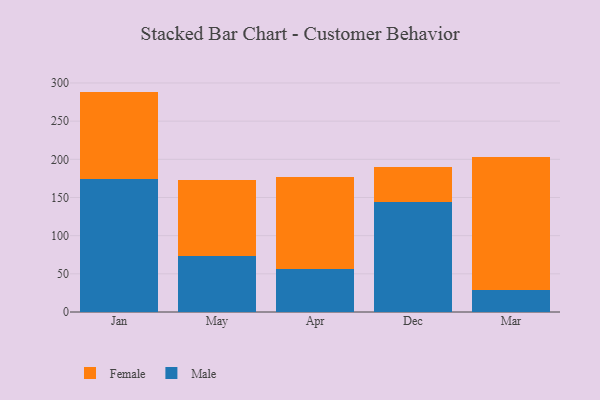
{"axis": {"x": "Month", "y": "Inventory Turnover"}, "legend": ["Female", "Male"], "data": [{"x": "Jan", "y": 173.7, "type": "Male"}, {"x": "Jan", "y": 115.0, "type": "Female"}, {"x": "May", "y": 73.1, "type": "Male"}, {"x": "May", "y": 99.9, "type": "Female"}, {"x": "Apr", "y": 56.0, "type": "Male"}, {"x": "Apr", "y": 120.9, "type": "Female"}, {"x": "Dec", "y": 143.9, "type": "Male"}, {"x": "Dec", "y": 45.6, "type": "Female"}, {"x": "Mar", "y": 28.6, "type": "Male"}, {"x": "Mar", "y": 174.9, "type": "Female"}]}